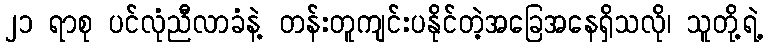
၂၁ ရာစု ပင်လုံညီလာခံနဲ့ တန်းတူကျင်းပနိုင်တဲ့အခြေအနေရှိသလို၊ သူတို့ရဲ့